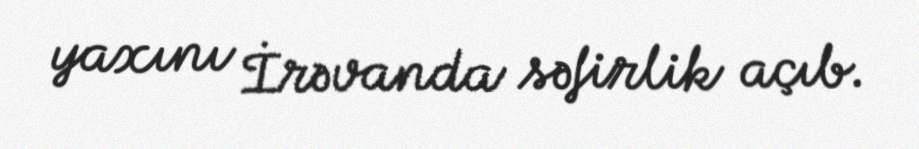
yaxını İrəvanda səfirlik açıb.